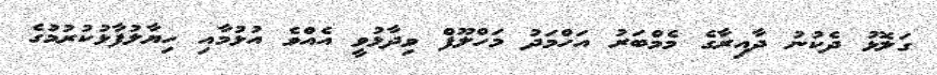
ގަލޮޅު ދެކުނު ދާއިރާގެ މެމްބަރު އަހްމަދު މަހްލޫފް ވިދާޅުވީ އެއްވެ އުޅުމާއި ހިޔާލުފާޅުކުރުމުގެ